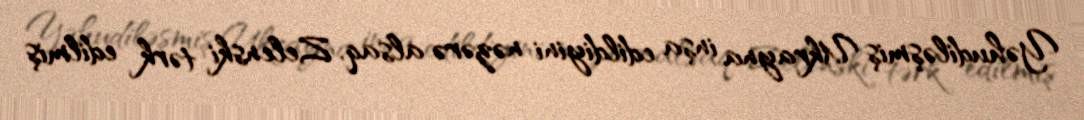
Yəhudiləşmiş Ukrayna inşa edildiyini nəzərə alsaq, Zelenski tərk edilmiş